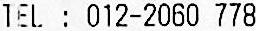
TEL : 012-2060 778